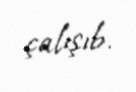
çalışıb.